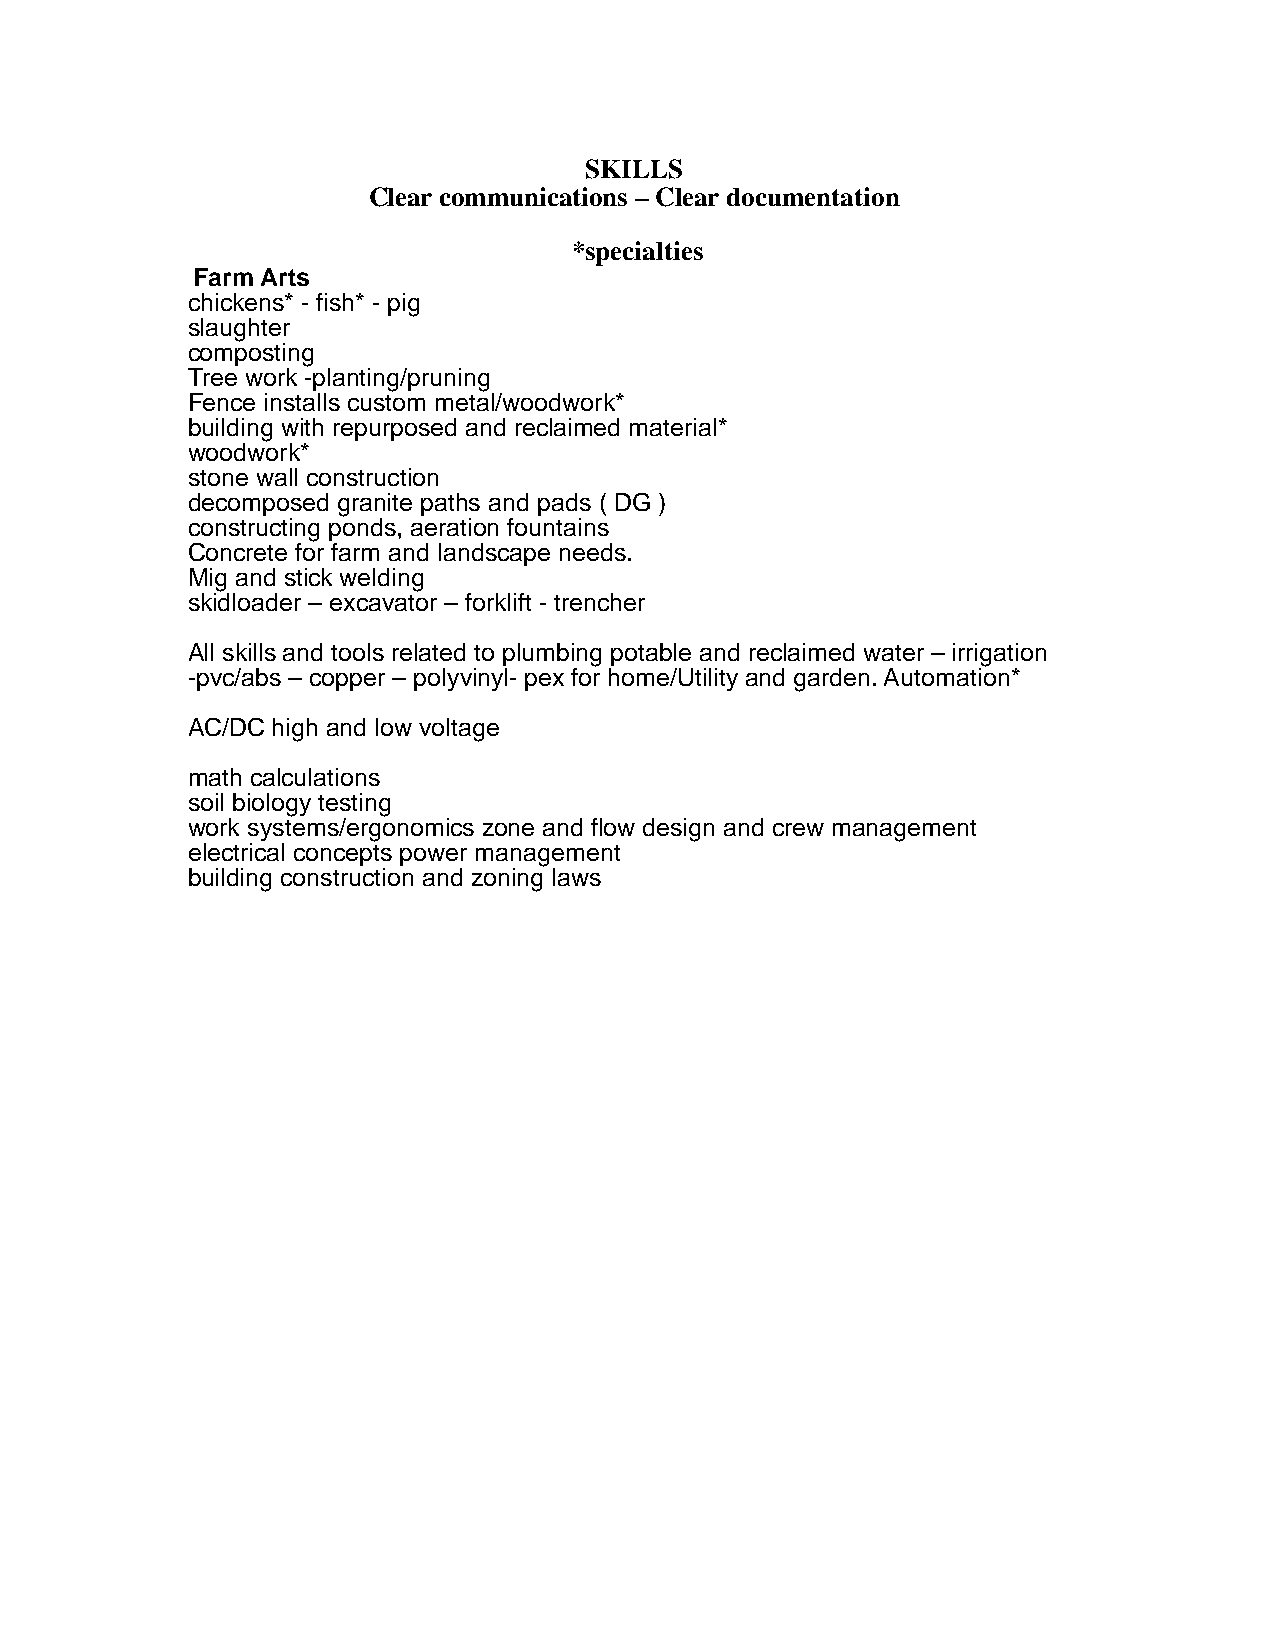
SKILLS
 Clear communications – Clear documentation
 *specialties
 Farm Arts
 chickens* - fish* - pig
 slaughter
 composting
 Tree work -planting/pruning
 Fence installs custom metal/woodwork*
 building with repurposed and reclaimed material*
 woodwork*
 stone wall construction
 decomposed granite paths and pads ( DG )
 constructing ponds, aeration fountains
 Concrete for farm and landscape needs.
 Mig and stick welding
 skidloader – excavator – forklift - trencher
 All skills and tools related to plumbing potable and reclaimed water – irrigation
 -pvc/abs – copper – polyvinyl- pex for home/Utility and garden. Automation*
 AC/DC high and low voltage
 math calculations
 soil biology testing
 work systems/ergonomics zone and flow design and crew management
 electrical concepts power management
 building construction and zoning laws